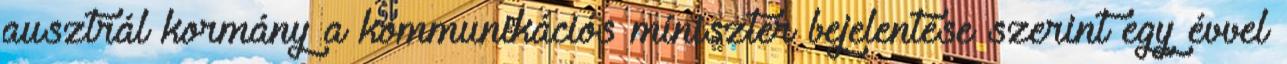
ausztrál kormány a kommunikációs miniszter bejelentése szerint egy évvel